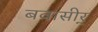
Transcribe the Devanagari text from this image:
बवासीर्